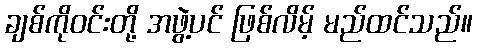
ချစ်ကိုဝင်းတို့ အဖွဲ့ပင် ဖြစ်လိမ့် မည်ထင်သည်။